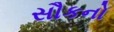
સૌકનો